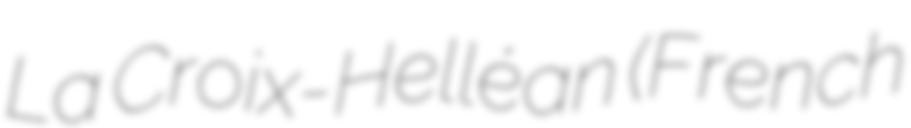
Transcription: La Croix-Helléan (French